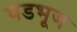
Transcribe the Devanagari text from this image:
षडभूज